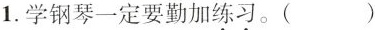
1.学钢琴一定要勤加\underset{·}{练}\underset{·}{习}。( )